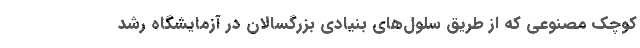
کوچک مصنوعی که از طریق سلول‌های بنیادی بزرگسالان در آزمایشگاه رشد